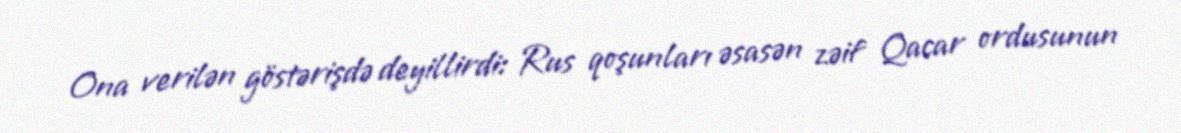
Ona verilən göstərişdə deyillirdi: Rus qoşunları əsasən zəif Qacar ordusunun